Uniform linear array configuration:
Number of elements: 16
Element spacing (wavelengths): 1
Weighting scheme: exponential
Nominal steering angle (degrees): -30
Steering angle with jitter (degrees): -29.038
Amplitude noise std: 0.05
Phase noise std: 0.05

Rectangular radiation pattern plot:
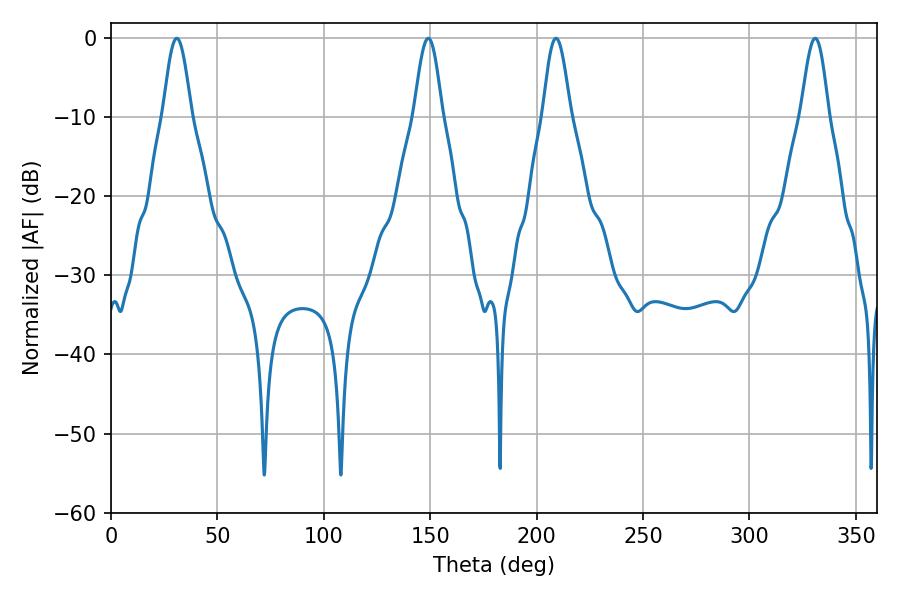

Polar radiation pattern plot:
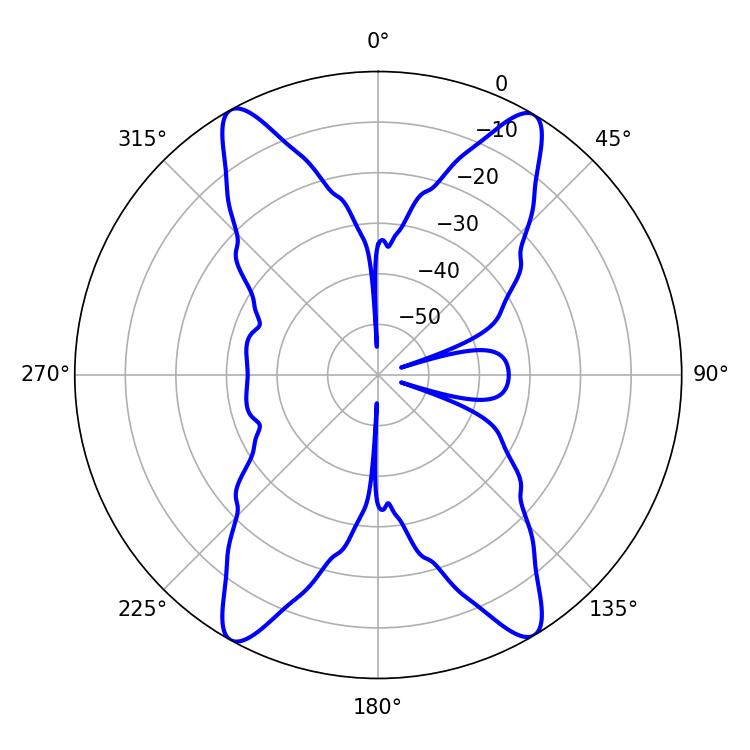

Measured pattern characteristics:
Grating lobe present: TRUE
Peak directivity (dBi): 23.192
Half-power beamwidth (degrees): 7.2
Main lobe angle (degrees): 30.96